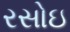
રસોઇ